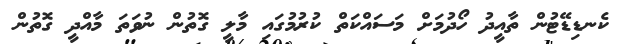
ކެނޑިޑޭޓުން ތާއީދު ހޯދުމަށް މަސައްކަތް ކުރުމުގައި މާލީ ގޮތުން ނުވަތަ މާއްދީ ގޮތުން